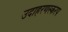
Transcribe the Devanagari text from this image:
उदाहरणस्करप